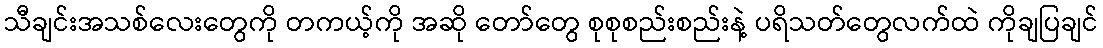
သီချင်းအသစ်လေးတွေကို တကယ့်ကို အဆို တော်တွေ စုစုစည်းစည်းနဲ့ ပရိသတ်တွေလက်ထဲ ကိုချပြချင်